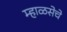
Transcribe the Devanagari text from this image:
म्हाळसेचे